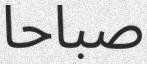
صباحا